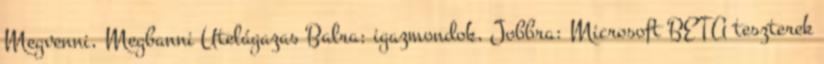
Megvenni, Megbanni Utelágazas Balra: igazmondok, Jobbra: Microsoft BETA teszterek